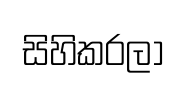
සිහිකරලා